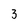
Character: 3